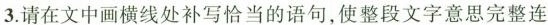
3.请在文中画横线处补写恰当的语句，使整段文字意思完整连